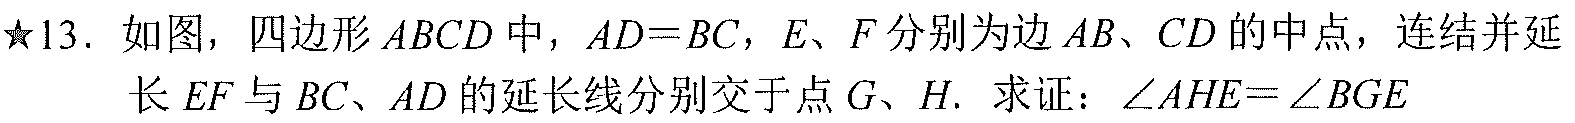
★13. 如图，四边形$ABCD$中，$AD = BC$，$E$、$F$分别为边$AB$、$CD$的中点，连结并延长$EF$与$BC$、$AD$的延长线分别交于点$G$、$H$. 求证：$\angle AHE=\angle BGE$